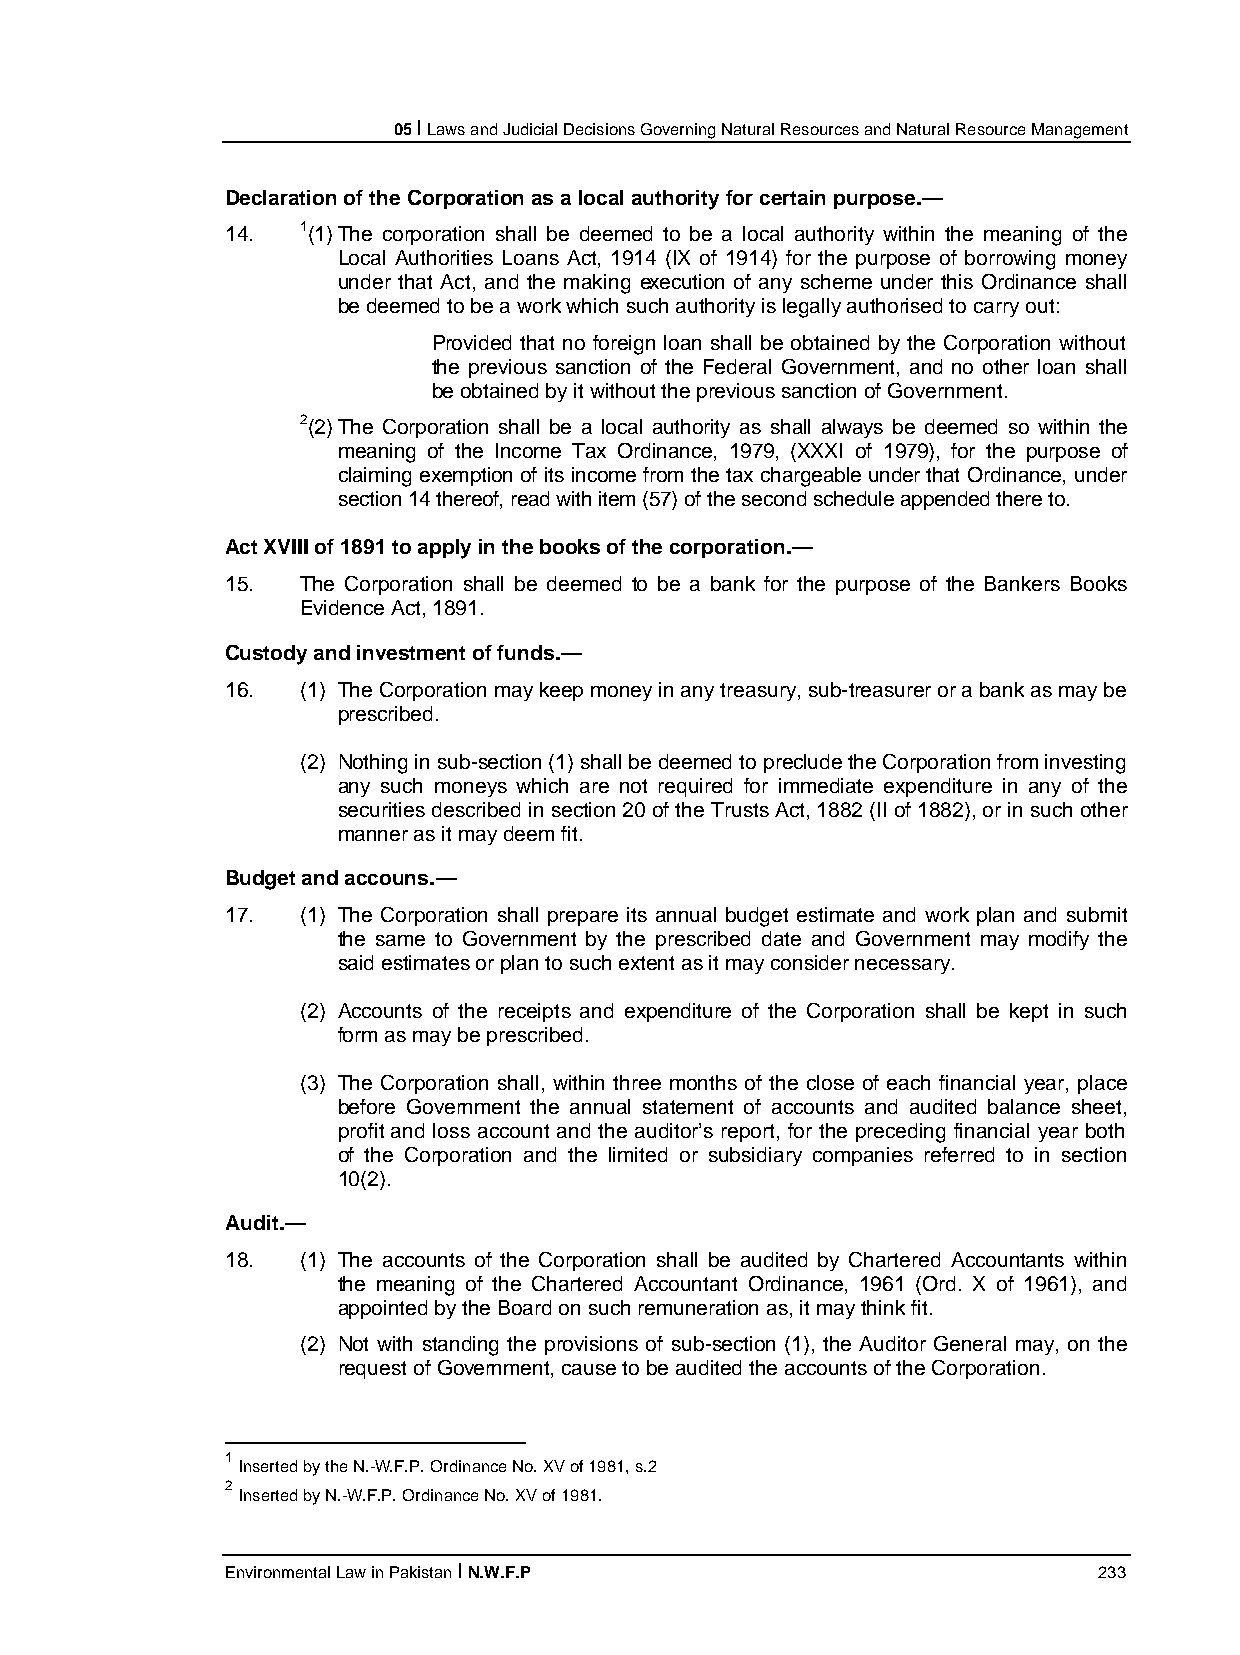
05 I Laws and Judicial Decisions Governing Natural Resources and Natural Resource Management
 Declaration of the Corporation as a local authority for certain purpose.—
 14.  1(1) The corporation shall be deemed to be a local authority within the meaning of the
 Local Authorities Loans Act, 1914 (IX of 1914) for the purpose of borrowing money
 under that Act, and the making execution of any scheme under this Ordinance shall
 be deemed to be a work which such authority is legally authorised to carry out:
 Provided that no foreign loan shall be obtained by the Corporation without
 the previous sanction of the Federal Government, and no other loan shall
 be obtained by it without the previous sanction of Government.
 2(2) The Corporation shall be a local authority as shall always be deemed so within the
 meaning of the Income Tax Ordinance, 1979, (XXXI of 1979), for the purpose of
 claiming exemption of its income from the tax chargeable under that Ordinance, under
 section 14 thereof, read with item (57) of the second schedule appended there to.
 Act XVIII of 1891 to apply in the books of the corporation.—
 15.  The Corporation shall be deemed to be a bank for the purpose of the Bankers Books
 Evidence Act, 1891.
 Custody and investment of funds.—
 16.  (1) The Corporation may keep money in any treasury, sub-treasurer or a bank as may be
 prescribed.
 (2) Nothing in sub-section (1) shall be deemed to preclude the Corporation from investing
 any such moneys which are not required for immediate expenditure in any of the
 securities described in section 20 of the Trusts Act, 1882 (II of 1882), or in such other
 manner as it may deem fit.
 Budget and accouns.—
 17.  (1) The Corporation shall prepare its annual budget estimate and work plan and submit
 the same to Government by the prescribed date and Government may modify the
 said estimates or plan to such extent as it may consider necessary.
 (2) Accounts of the receipts and expenditure of the Corporation shall be kept in such
 form as may be prescribed.
 (3) The Corporation shall, within three months of the close of each financial year, place
 before Government the annual statement of accounts and audited balance sheet,
 profit and loss account and the auditor’s report, for the preceding financial year both
 of the Corporation and the limited or subsidiary companies referred to in section
 10(2).
 Audit.—
 18.  (1) The accounts of the Corporation shall be audited by Chartered Accountants within
 the meaning of the Chartered Accountant Ordinance, 1961 (Ord. X of 1961), and
 appointed by the Board on such remuneration as, it may think fit.
 (2) Not with standing the provisions of sub-section (1), the Auditor General may, on the
 request of Government, cause to be audited the accounts of the Corporation.
 1
 Inserted by the N.-W.F.P. Ordinance No. XV of 1981, s.2
 2
 Inserted by N.-W.F.P. Ordinance No. XV of 1981.
 Environmental Law in Pakistan I N.W.F.P                   233